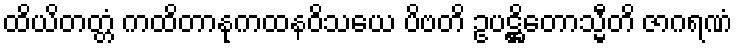
ထိယိတတ္တံ ကထိတာနုကထနဝိသယေ ပိဗတိ ဥပဋ္ဌိတောသ္မီတိ ဇာဂရဏံ